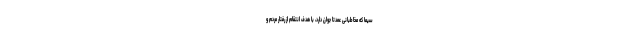
سیما که مخاطبانی عمدتا جوان دارد، با هدف انتقام‌ از رفتار مردم و